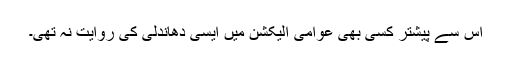
اس سے پیشتر کسی بھی عوامی الیکشن میں ایسی دھاندلی کی روایت نہ تھی۔